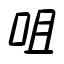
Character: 咀